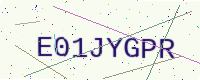
Text: E01JYGPR